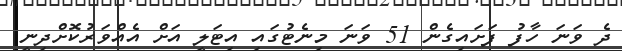
ދެ ވަނަ ހާފު ފަށައިގެން 51 ވަނަ މިނެޓުގައި އިޓަލީ އަށް އެއްވަރުކޮށްދިނީ